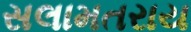
સલામતરાય